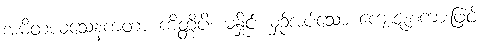
အမိတယသေနကတာ ကိတ္တိပိ၊ မနှိုင်းယှဉ်အပ်သော ကျေးဇူးစကားဖြင့်